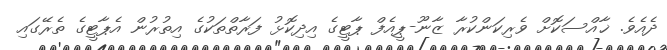
ދެއެވެ. ޚާއްސަކޮށް ވެރިކަންކުރާ ޒާނޫ-ޕީއެފް ޕާޓީގެ އިދިކޮޅު ފަރާތްތަކުގެ އިތުރުން އެޕާޓީގެ ތެރޭގައި